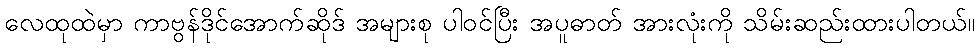
လေထုထဲမှာ ကာဗွန်ဒိုင်အောက်ဆိုဒ် အများစု ပါဝင်ပြီး အပူဓာတ် အားလုံးကို သိမ်းဆည်းထားပါတယ်။